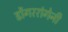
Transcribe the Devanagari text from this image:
डोंगररांगेनी